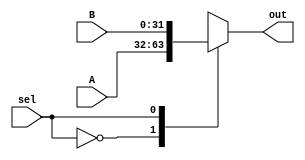
module Mux21(A, B, sel, out);

input [31:0]A, B;
input sel;
output reg [31:0]out;

always @ (*)
begin 
case (sel)
1'b0: out = A;
1'b1: out = B;
endcase
end
endmodule